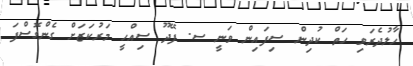
ހާލުދެރަވި ހަތް ކުދިން ސިފައިން ވަނީ ސ. ފޭދޫ ސިއްހީ މަރުކަޒަށް ގެންގޮސްފަ